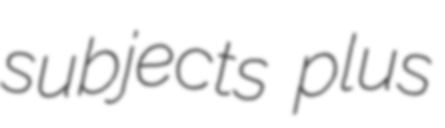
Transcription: subjects plus